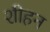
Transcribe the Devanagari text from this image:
शीहन